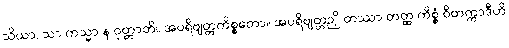
သိယာ, သာ ကသ္မာ န ဝုတ္တာတိ။ အပရိဗျတ္တကိစ္စတော။ အပရိဗျတ္တဉှိ တဿာ တတ္ထ ကိစ္စံ ဝိတက္ကာဒီဟိ